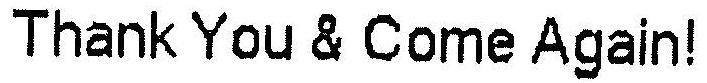
THANK YOU & COME AGAIN!